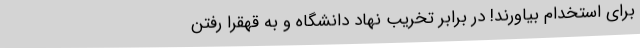
برای استخدام بیاورند! در برابر تخریب نهاد دانشگاه و به قهقرا رفتن